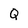
Character: Q